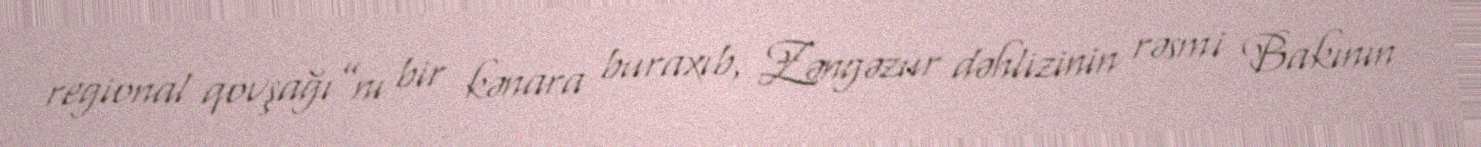
regional qovşağı”nı bir kənara buraxıb, Zəngəzur dəhlizinin rəsmi Bakının